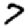
Digit: 7